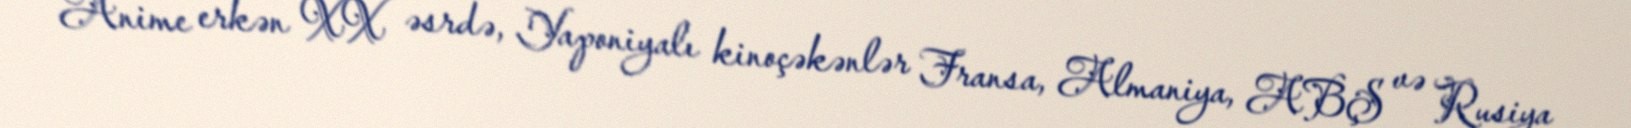
Anime erkən XX əsrdə, Yaponiyalı kinoçəkənlər Fransa, Almaniya, ABŞ və Rusiya